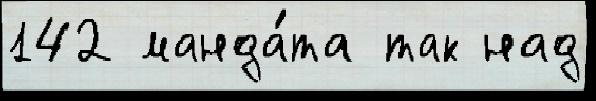
142 манда́та так над